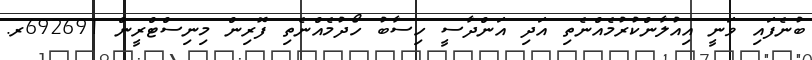
ބުނެފައި ވަނީ އިއުލާންކުރުމެއްނެތި އަދި އަންދާސީ ހިސާބު ހޯދުމެއްނެތި ފޮރިން މިނިސްޓްރީން 692691ރ.